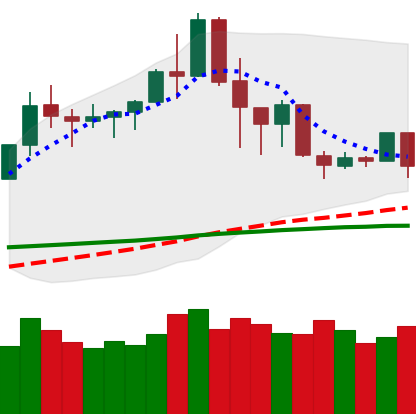
Ticker: TRX-USD
Chart end date: 2020-02-24
Forward return: -16.265%
Label: down_7plus